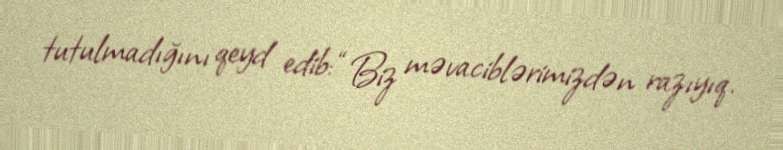
tutulmadığını qeyd edib: “Biz məvaciblərimizdən razıyıq.